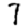
Digit: 7